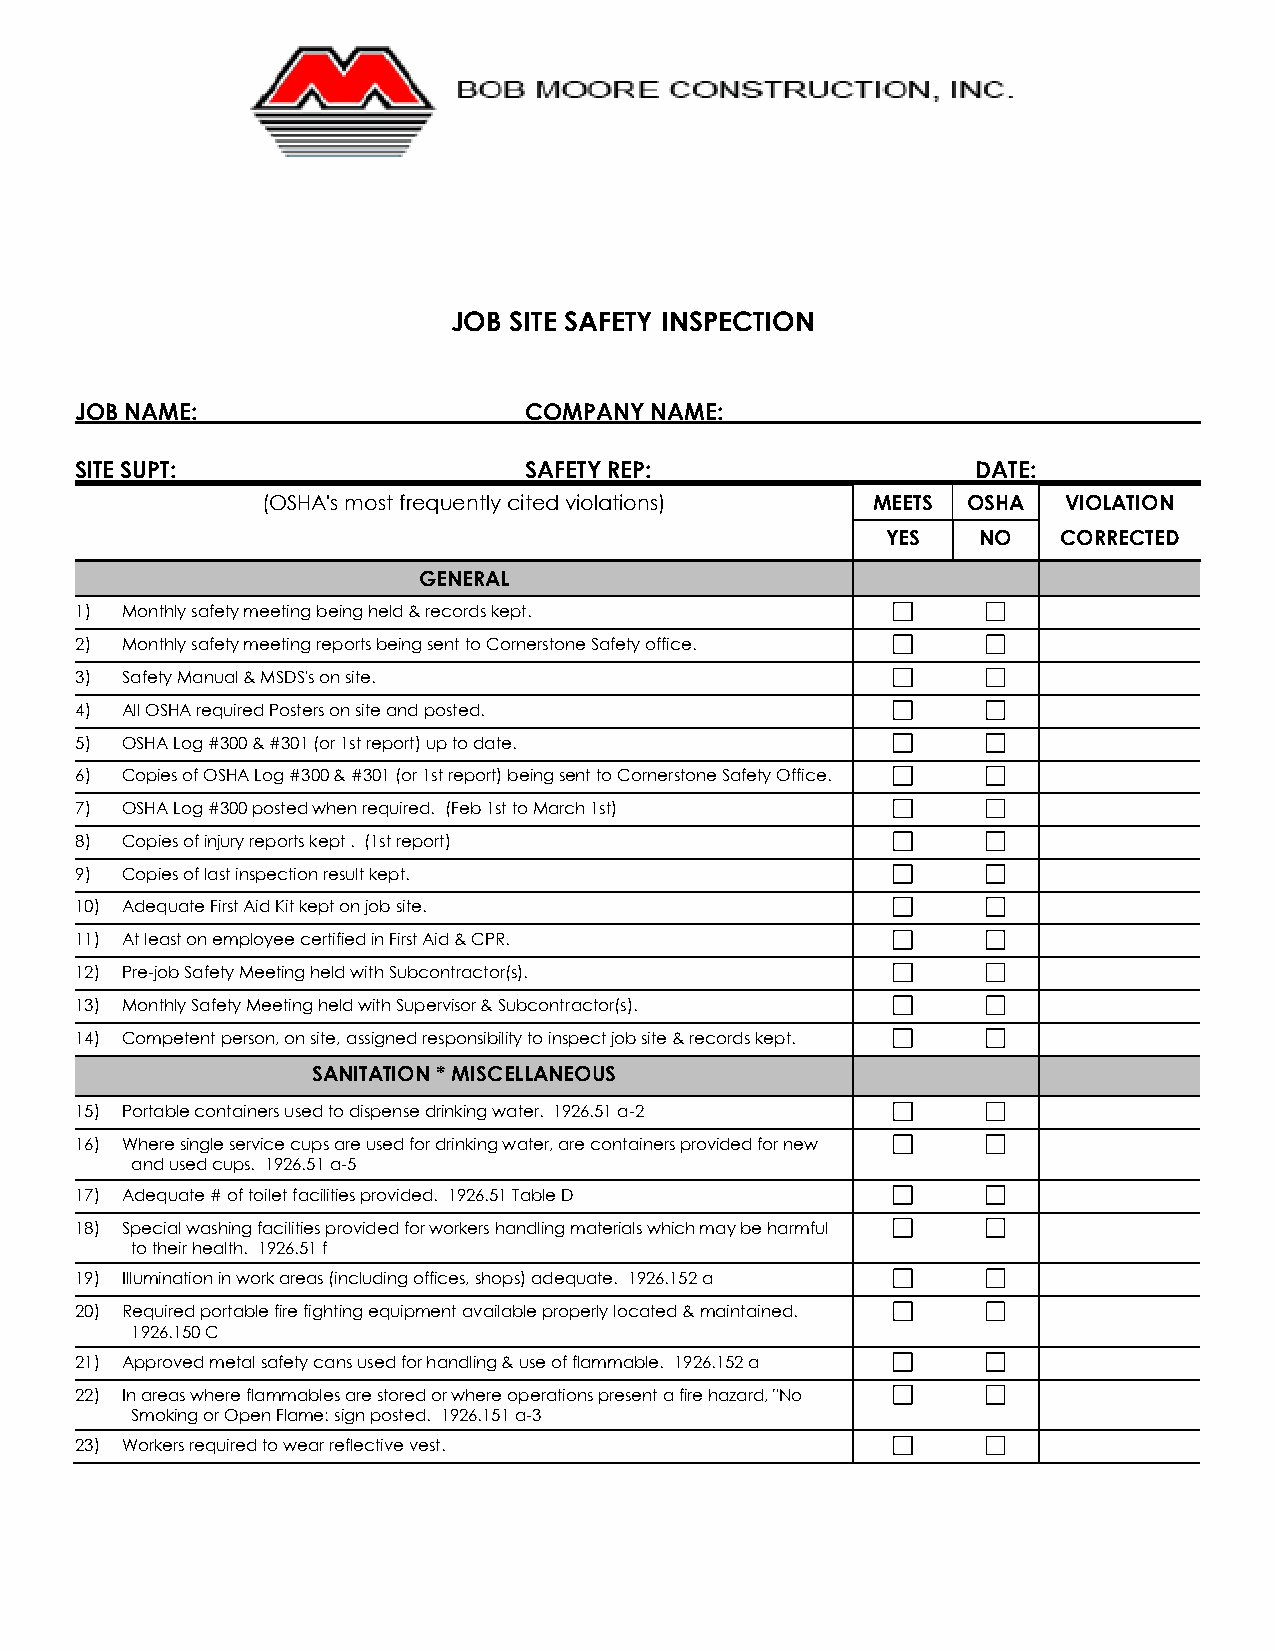
JOB SITE SAFETY INSPECTION
 JOB NAME:                     COMPANY NAME:
 SITE SUPT:                    SAFETY REP:                   DATE:
 (OSHA's most frequently cited violations) MEETS OSHA VIOLATION
 YES   NO   CORRECTED
 GENERAL
 1) Monthly safety meeting being held & records kept.
 2) Monthly safety meeting reports being sent to Cornerstone Safety office.
 3) Safety Manual & MSDS's on site.
 4) All OSHA required Posters on site and posted.
 5) OSHA Log #300 & #301 (or 1st report) up to date.
 6) Copies of OSHA Log #300 & #301 (or 1st report) being sent to Cornerstone Safety Office.
 7) OSHA Log #300 posted when required. (Feb 1st to March 1st)
 8) Copies of injury reports kept . (1st report)
 9) Copies of last inspection result kept.
 10) Adequate First Aid Kit kept on job site.
 11) At least on employee certified in First Aid & CPR.
 12) Pre-job Safety Meeting held with Subcontractor(s).
 13) Monthly Safety Meeting held with Supervisor & Subcontractor(s).
 14) Competent person, on site, assigned responsibility to inspect job site & records kept.
 SANITATION * MISCELLANEOUS
 15) Portable containers used to dispense drinking water. 1926.51 a-2
 16) Where single service cups are used for drinking water, are containers provided for new
 and used cups. 1926.51 a-5
 17) Adequate # of toilet facilities provided. 1926.51 Table D
 18) Special washing facilities provided for workers handling materials which may be harmful
 to their health. 1926.51 f
 19) Illumination in work areas (including offices, shops) adequate. 1926.152 a
 20) Required portable fire fighting equipment available properly located & maintained.
 1926.150 C
 21) Approved metal safety cans used for handling & use of flammable. 1926.152 a
 22) In areas where flammables are stored or where operations present a fire hazard, "No
 Smoking or Open Flame: sign posted. 1926.151 a-3
 23) Workers required to wear reflective vest.